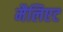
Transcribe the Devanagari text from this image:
मैलिएट